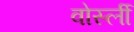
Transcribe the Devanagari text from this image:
वोर्स्ली